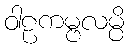
ဝါဠကမ္ဗလမ္ပိ